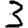
Digit: 3